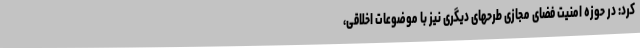
کرد: در حوزه امنیت فضای مجازی طرحهای دیگری نیز با موضوعات اخلاقی،